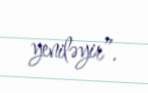
yeniləyir”.